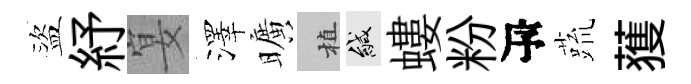
盜紓宴澤曠植緘螻粉瓴蔬𫉬